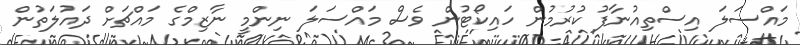
މައްސަލަ އިސްތިއުނާފު ކުރުމުން ހައިކޯޓުން ވެސް މައްސަލަ ނިންމީ ނާޒިމްގެ މައްޗަށް ދައުލަތުން